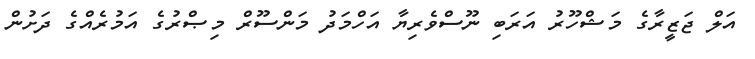
އަލް ޖަޒީރާގެ މަޝްހޫރު އަރަބި ނޫސްވެރިޔާ އަހްމަދު މަންސޫރް މިޞްރުގެ އަމުރެއްގެ ދަށުން